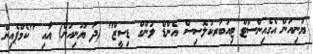
ޔުނިއަން އެގެއިންސްޓް ޓިއުބަރކުލޮސިސް އެންޑް ލަންގް ޑިސީޒް" (ދަ ޔޫނިއަން) އާއި "ކެމްޕެއިން